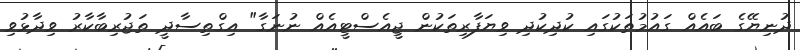
ދުނިޔޭގެ ބައެއް ގައުމުތަކުގައި ކުދިކުދި ވިޔަފާރިތަކުން ޖީއެސްޓީއެއް ނުނަގާ" އިގްތިސާދީ ތަޖުރިބާކާރު ވިދާޅުވި